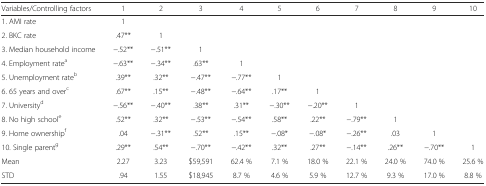
| Variables/Controlling factors | 1 | 2 | 3 | 4 | 5 | 6 | 7 | 8 | 9 | 10 |
 | --- | --- | --- | --- | --- | --- | --- | --- | --- | --- | --- |
 | 1. AMI rate | 1 |  |  |  |  |  |  |  |  |  |
 | 2. BKC rate | .47** | 1 |  |  |  |  |  |  |  |  |
 | 3. Median household income | −.52** | −.51** | 1 |  |  |  |  |  |  |  |
 | 4. Employment ratea | −.63** | −.34** | .63** | 1 |  |  |  |  |  |  |
 | 5. Unemployment rateb | .39** | .32** | −.47** | −.77** | 1 |  |  |  |  |  |
 | 6. 65 years and overc | .67** | .15** | −.48** | −.64** | .17** | 1 |  |  |  |  |
 | 7. Universityd | −.56** | −.40** | .38** | .31** | −.30** | −.20** | 1 |  |  |  |
 | 8. No high schoole | .52** | .32** | −.53** | −.54** | .58** | .22** | −.79** | 1 |  |  |
 | 9. Home ownershipf | .04 | −.31** | .52** | .15** | −.08* | −.08* | −.26** | .03 | 1 |  |
 | 10. Single parentg | .29** | .54** | −.70** | −.42** | .32** | .27** | −.14** | .26** | −.70** | 1 |
 | Mean | 2.27 | 3.23 | $59,591 | 62.4 % | 7.1 % | 18.0 % | 22.1 % | 24.0 % | 74.0 % | 25.6 % |
 | STD | .94 | 1.55 | $18,945 | 8.7 % | 4.6 % | 5.9 % | 12.7 % | 9.3 % | 17.0 % | 8.8 % |